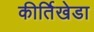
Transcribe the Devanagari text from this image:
कीर्तिखेडा